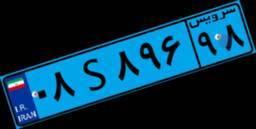
۶۴S۸۲۷۱۷